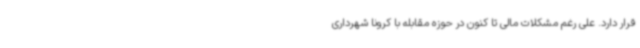
قرار دارد. علی رغم مشکلات مالی تا کنون در حوزه مقابله با کرونا شهرداری